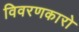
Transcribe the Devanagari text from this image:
विवरणकारो